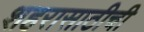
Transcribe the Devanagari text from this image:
शहरासाठीची